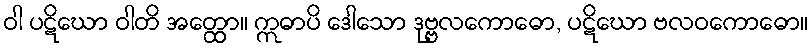
ဝါ ပဋိဃော ဝါတိ အတ္ထော။ ဣဓာပိ ဒေါသော ဒုဗ္ဗလကောဓော, ပဋိဃော ဗလဝကောဓော။